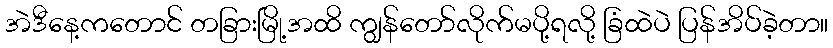
အဲဒီနေ့ကတောင် တခြားမြို့အထိ ကျွန်တော်လိုက်မပို့ရလို့ ခြံထဲပဲ ပြန်အိပ်ခဲ့တာ။